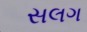
સલગ